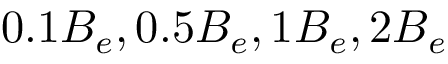
0 . 1 { B } _ { { e } } , 0 . 5 { B } _ { { e } } , 1 { B } _ { { e } } , 2 { B } _ { { e } } \thinspace